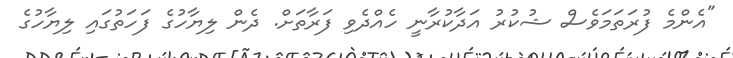
"އެންމެ ފުރަތަމަވެސް ޝުކުރު އަދާކުރާނީ ހެއްދެވި ފަރާތަށް. ދެން ލިޔާހުގެ ފަހަތުގައި ލިޔާހުގެ